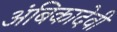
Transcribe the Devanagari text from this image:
अंबिकादेवी